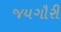
જયગૌરી